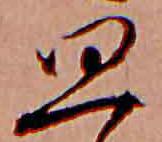
思